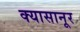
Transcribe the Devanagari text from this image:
क्यासानूर